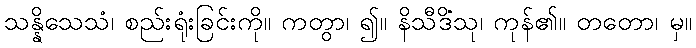
သန္နိသေသံ၊ စည်းရုံးခြင်းကို။ ကတွာ၊ ၍။ နိသီဒိံသု၊ ကုန်၏။ တတော၊ မှ။